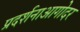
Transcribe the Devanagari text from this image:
प्रदर्शनाआगोदर